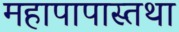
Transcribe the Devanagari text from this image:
महापापास्तथा